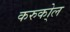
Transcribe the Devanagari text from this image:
करुको्ल